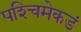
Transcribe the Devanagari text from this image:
पश्‍चिमेकडं